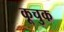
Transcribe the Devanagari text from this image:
कूचुक